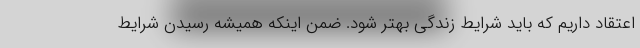
اعتقاد داریم که باید شرایط زندگی بهتر شود. ضمن اینکه همیشه رسیدن شرایط